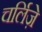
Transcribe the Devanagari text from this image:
चर्लिज़े